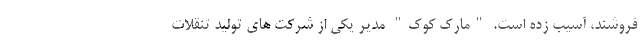
فروشند، آسیب زده است. "مارک کوک" مدیر یکی از شرکت های تولید تنقلات